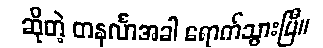
ဆိုတဲ့ တနင်္လာအခါ ရောက်သွားပြီ။